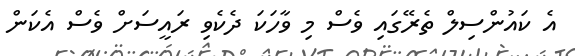
އެ ކައުންސިލް ތެރޭގައި ވެސް މި ވާހަކަ ދެކެވި ރައީސަށް ވެސް އެކަން